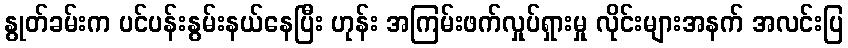
နွုတ်ခမ်းက ပင်ပန်းနွမ်းနယ်နေပြီး ဟုန်း အကြမ်းဖက်လှုပ်ရှားမှု လိုင်းများအနက် အလင်းပြ